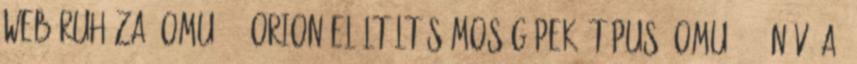
webáruháza. OMU-800 Orion Elöltöltős Mosógépek, Típus: OMU-800. Név: A,